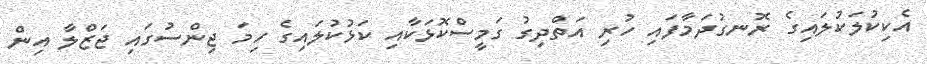
އެކިކުލަކުލައިގެ ރޮނގުދަމާފައި ހުރި އަތްދިގު ގަމީސްކޮޅަކާއި ކަޅުކުލައިގެ ހިމަ ޖިންސުގައި ޖަޒްލާ އިން